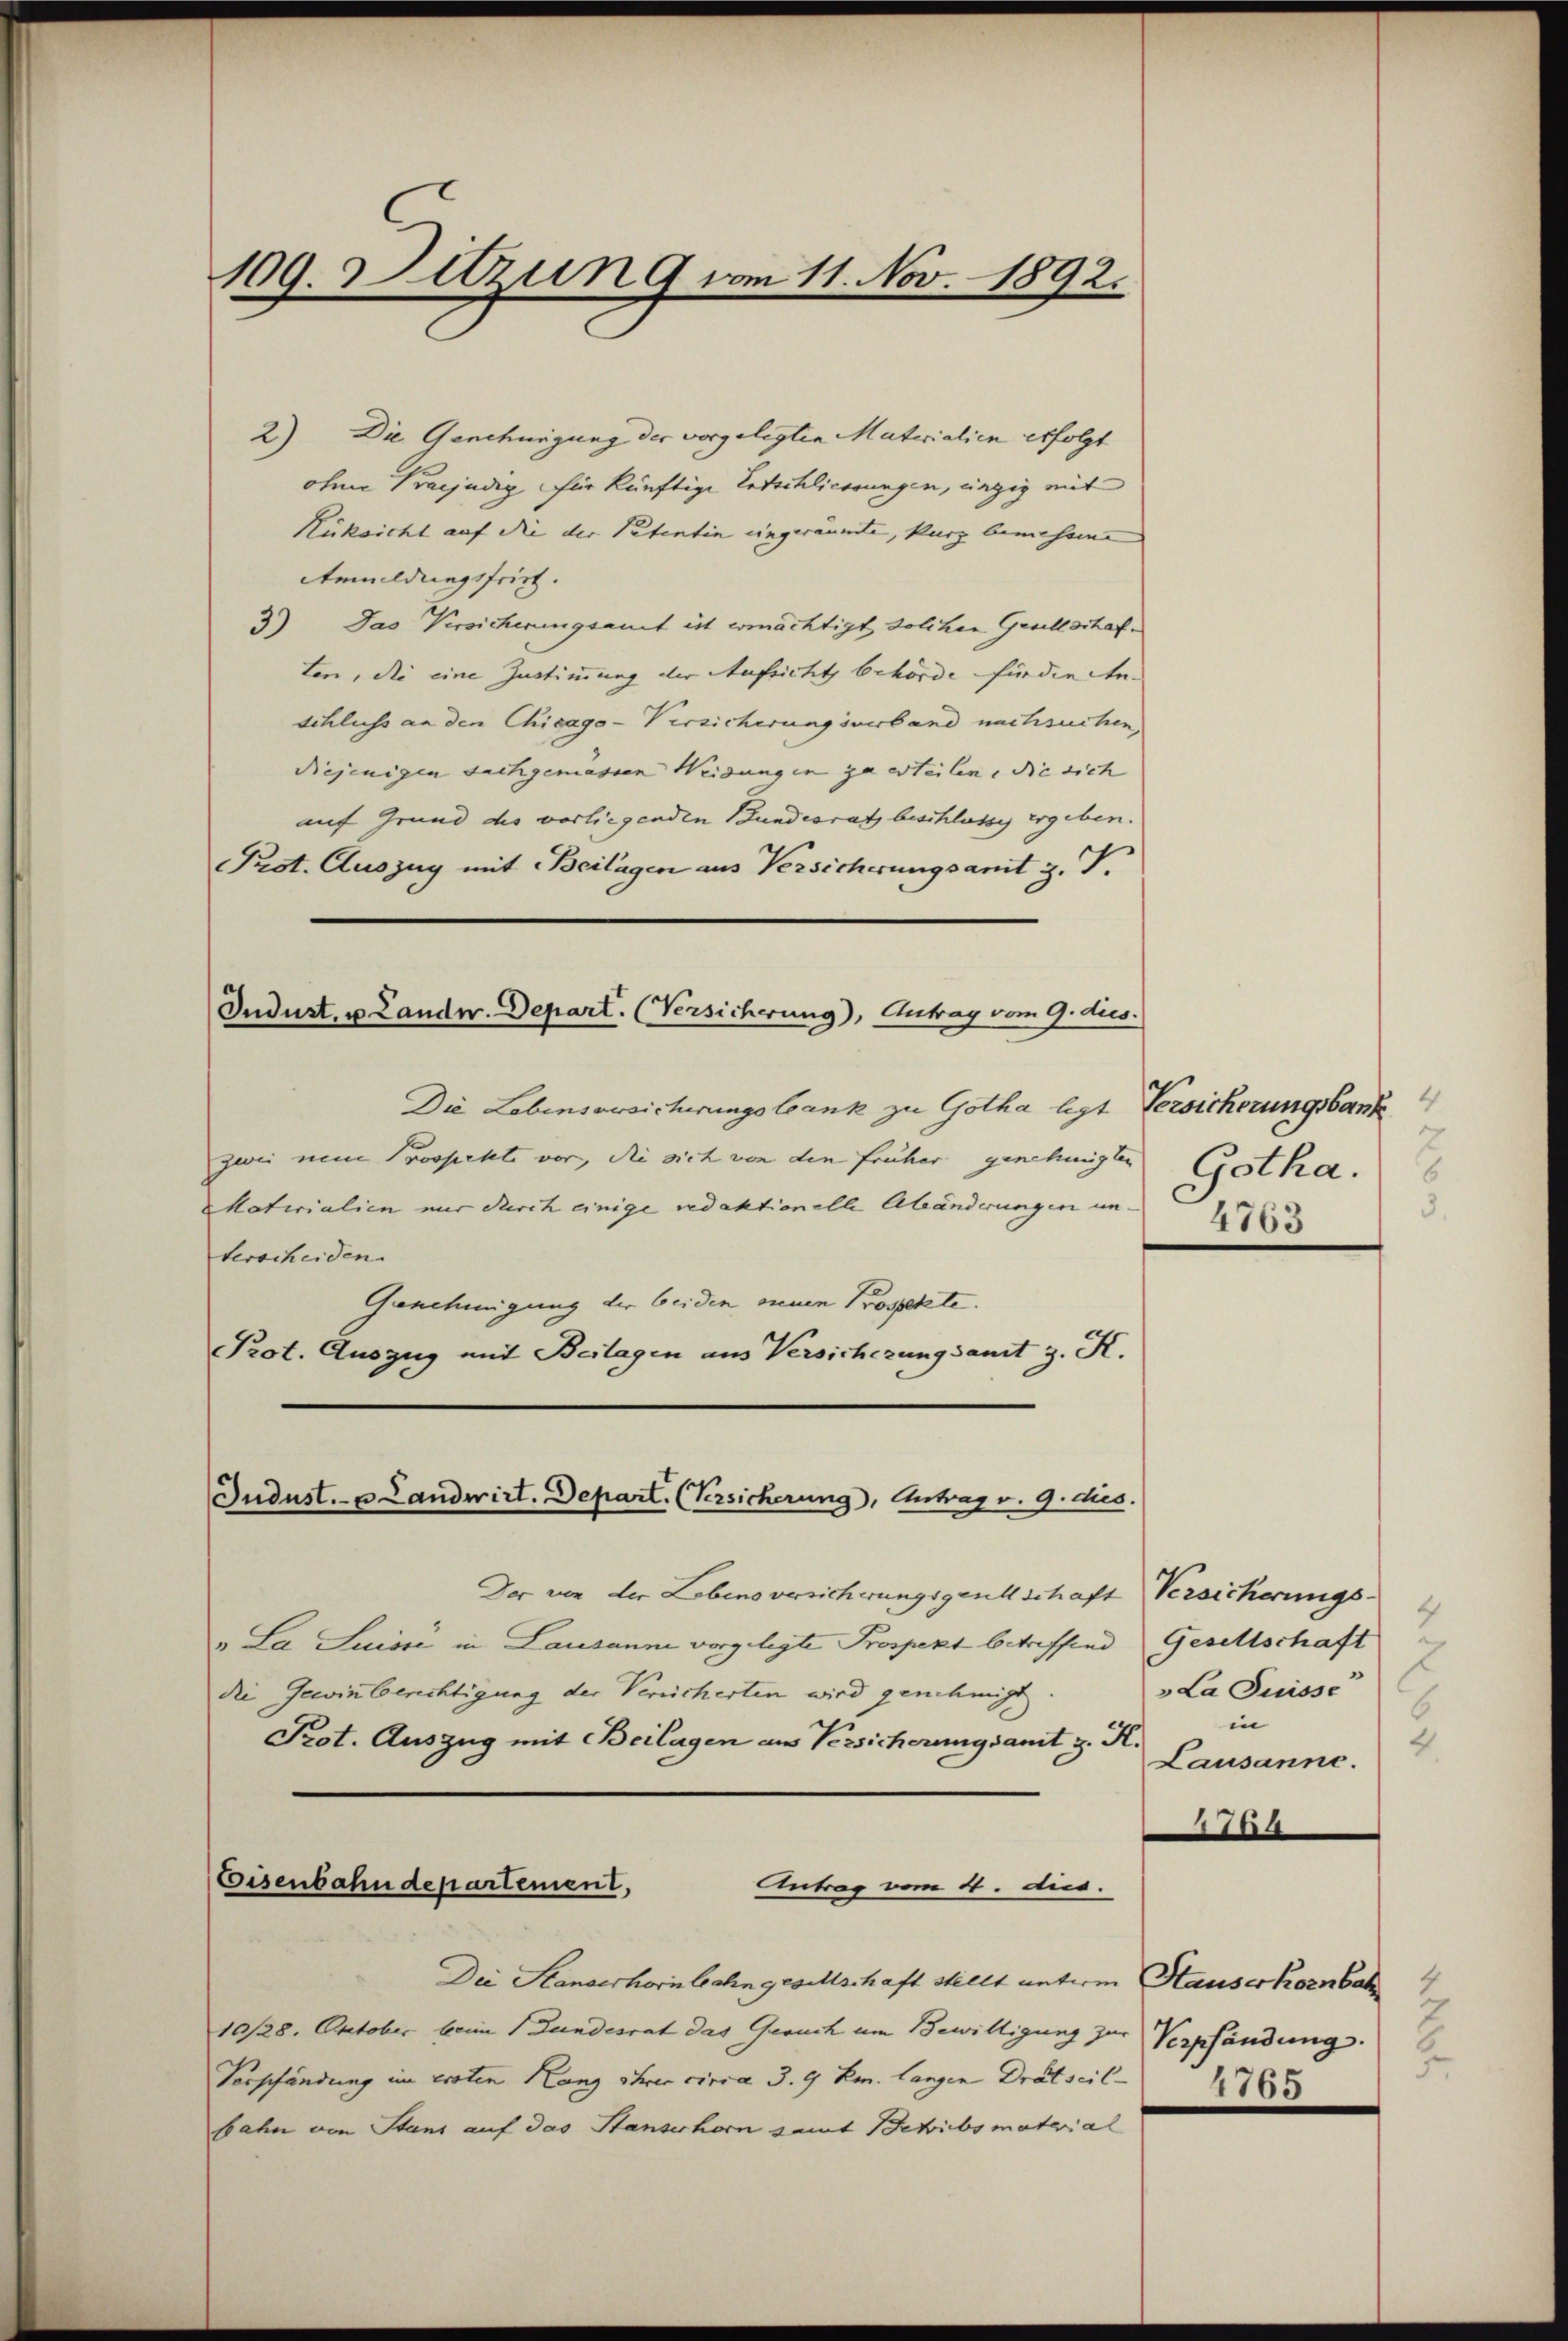
2) Die Genehmigung der vorgelegten Materialien erfolgt
ohne Praejudig für künftige Entschliessungen, einzig mit
Rüksicht auf die der Petentin eingeräumte, kurz bemessene |
Anmeldungsfrist.
3) Das Versicherungsamt ist ermächtigt, solchen Gesellschaften, die eine Zustimmung der Aufsicht behörde für die Anschluss an den Chicago-Versicherungsverband nachsuchen.
diejenigen sachgemessen Weidungen zu erteilen. Sie sich
auf Grund des vorliegenden Bundesrath beschlüssig ergeben.
Prot. Auszug mit Beilagen aus Versicherungsant z. T.

109. Detzung vom 11. Nov. 1892.

Indust, u. Landw. Depart. (Versicherung), Antrag vom 9. dies.

Die Lebensversicherungsbank zu Gotha legt Versicherungsbank
zwei neue Prospette vor, die sich von den früher genehmigten
Materialien nur durch einige redaktionelle Abänderungen un
terscheiden.
Genehmigung der beiden seinen Prospekte.
Prot. Auszug mit Beilagen aus Versichtzung samt z. K.

Jndust.- u Landwirt. Depart. (Versicherung, Antrag v. 9. des.

Der von der Lebens versicherungsgesellschaft Versicherungsv. La Suisse in Lausanne vorgelegte Prospekt betreffend Gesellschaft
die Gewinn berichtigung der Vereicherten wird genehmigt
Prot. Auszug mit Beilagen aus Versicherungsamt z. K.
Eisenbahndepartement,
Antrag vom 4. Aus
Die Standerhornbahngesellschaft stellt unterm Hauserkornbah
10/28. Oktober beim Bundesrat das Gesuch um Bewilligung zur
Verpfändung im ersten Hanz ihres circa 3. 9 Km. langen Drätscil-
bahn von Stand auf das Stanserhorn samt Schriebsmaterial

2
Gotha.
6
3.

4
.
La Suisse
6
in
2.
Lausanne.

1749

Verpfändung.
.
1765